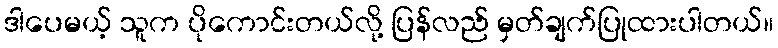
ဒါပေမယ့် သူက ပိုကောင်းတယ်လို့ ပြန်လည် မှတ်ချက်ပြုထားပါတယ်။